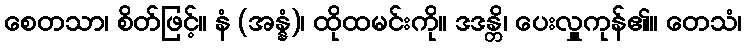
စေတသာ၊ စိတ်ဖြင့်။ နံ (အန္နံ)၊ ထိုထမင်းကို။ ဒဒန္တိ၊ ပေးလှူကုန်၏။ တေသံ၊